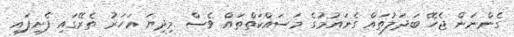
ގެންނަން ޖެހޭ ބަދަލުތައް ގެނައުމުގެ މަސައްކަތްތައް ވެސް މިދިޔަ އަހަރު ތެރޭގައި ފެށިފައި